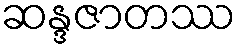
ဆန္ဒဇာတဿ